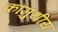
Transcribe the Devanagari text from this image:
कौमुथीय